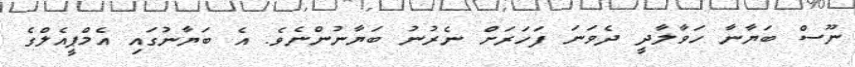
ނޫސް ބަޔާނާ ހަވާލާދީ ދެވަނަ ފަހަރަށް ނެރުނު ބަޔާނުންނެވެ. އެ ބަޔާނުގައި އެމްޕީއެލްގެ